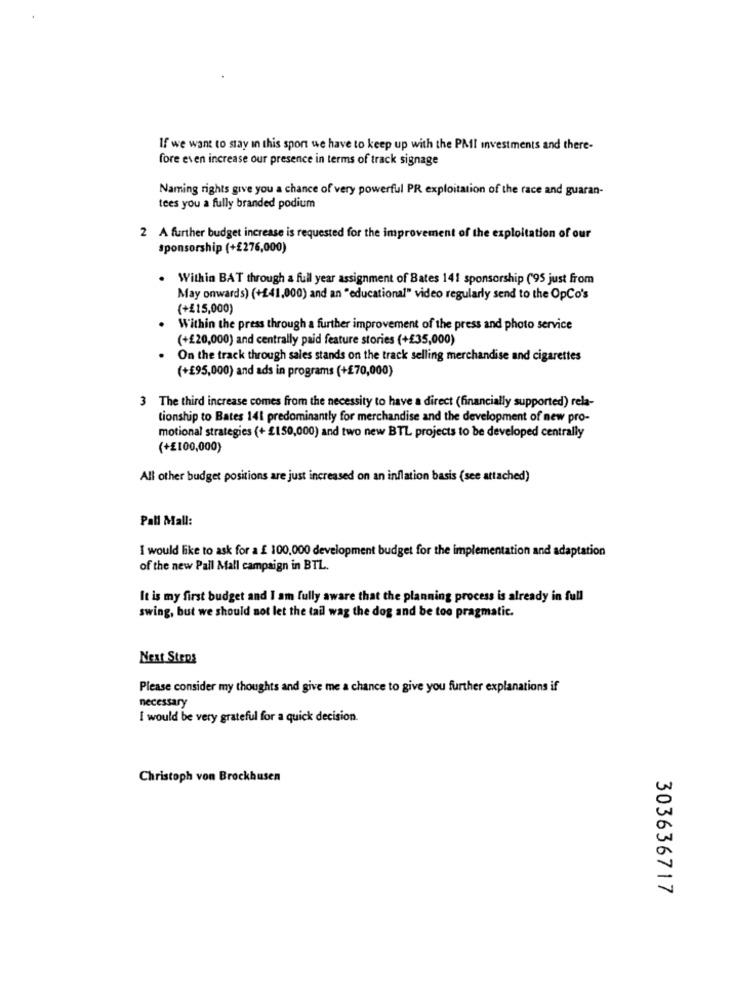
If we want to stay in this sport we have to keep up with the PMI investments and there-
fore even increase our presence in terms of track signage
Naming rights give you a chance of very powerful PR exploitation of the race and guaran-
tees you a fully branded podium
2 A further budget increase is requested for the improvement of the exploitation of our
sponsorship (+£276,000)
Within BAT through a full year assignment of Bates 141 sponsorship ('95 just from
May onwards) (+£41,000) and an "educational" video regularly send to the OpCo's
(+£15,000)
Within the press through a further improvement of the press and photo service
(+£20,000) and centrally paid feature stories (+£35,000)
On the track through sales stands on the track selling merchandise and cigarettes
(+£95,000) and ads in programs (+270,000)
3 The third increase comes from the necessity to have a direct (financially supported) rela-
tionship to Bates 141 predominantly for merchandise and the development of new pro-
motional strategies (+ £150,000) and two new BTL projects to be developed centrally
(+£100,000)
All other budget positions are just increased on an inflation basis (see attached)
Pall Mall:
I would like to ask for a £ 100.000 development budget for the implementation and adaptation
of the new Pall Mall campaign in BTL.
It is my first budget and I am fully aware that the planning process is already in full
swing, but we should not let the tail wag the dog and be too pragmatic.
Next Steps
Please consider my thoughts and give me a chance to give you further explanations if
necessary
I would be very grateful for a quick decision.
Christoph von Brockhusen
303636717